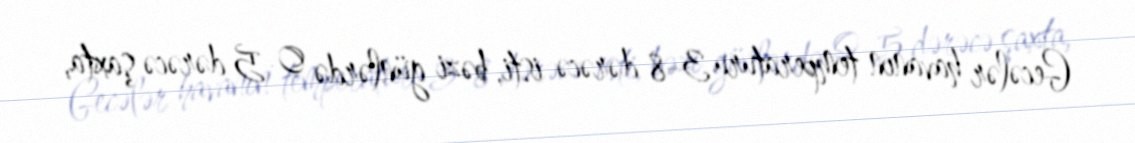
Gecələr havanın temperaturu 3-8 dərəcə isti, bəzi günlərdə 0-5 dərəcə şaxta,